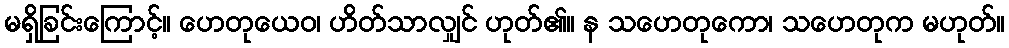
မရှိခြင်းကြောင့်။ ဟေတုယေဝ၊ ဟိတ်သာလျှင် ဟုတ်၏။ န သဟေတုကော၊ သဟေတုက မဟုတ်။